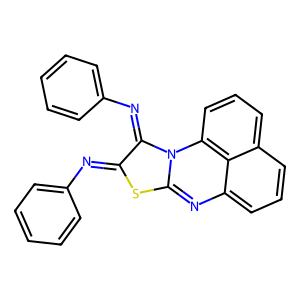
SMILES: c1ccc(N=C2Sc3nc4cccc5cccc(c54)n3C2=Nc2ccccc2)cc1
Inhibits HIV replication: No